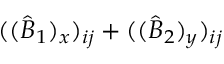
( ( \widehat { B } _ { 1 } ) _ { x } ) _ { i j } + ( ( \widehat { B } _ { 2 } ) _ { y } ) _ { i j }